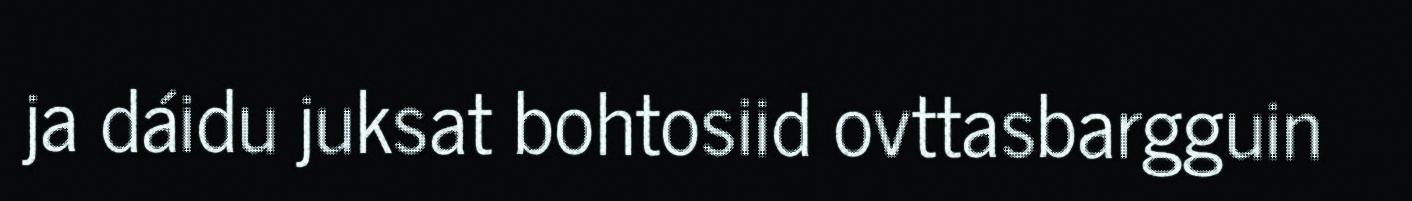
ja dáidu juksat bohtosiid ovttasbargguin